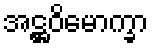
အဋ္ဌဝိမောက္ခာ